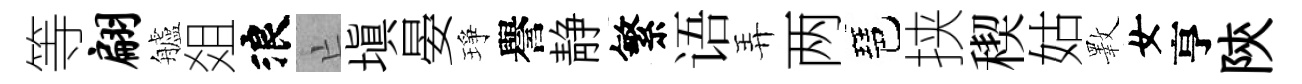
等翩艫爼浪亡填晏琤譽静繁语弄两琶挟稧姑斁女亨陝